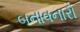
બનાવનારો